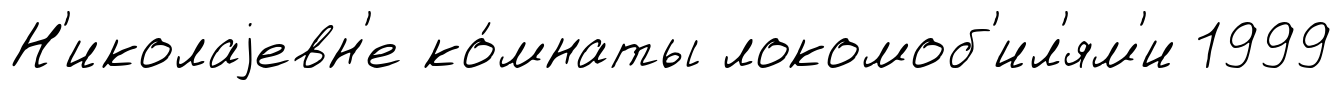
Н'иколаjевн'е ко́мнаты локомоб'ил'ям'и 1999